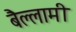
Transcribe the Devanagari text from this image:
बैल्लामी